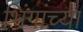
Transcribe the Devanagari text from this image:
भिंगांच्या